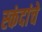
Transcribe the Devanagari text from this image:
स्कंदांचे